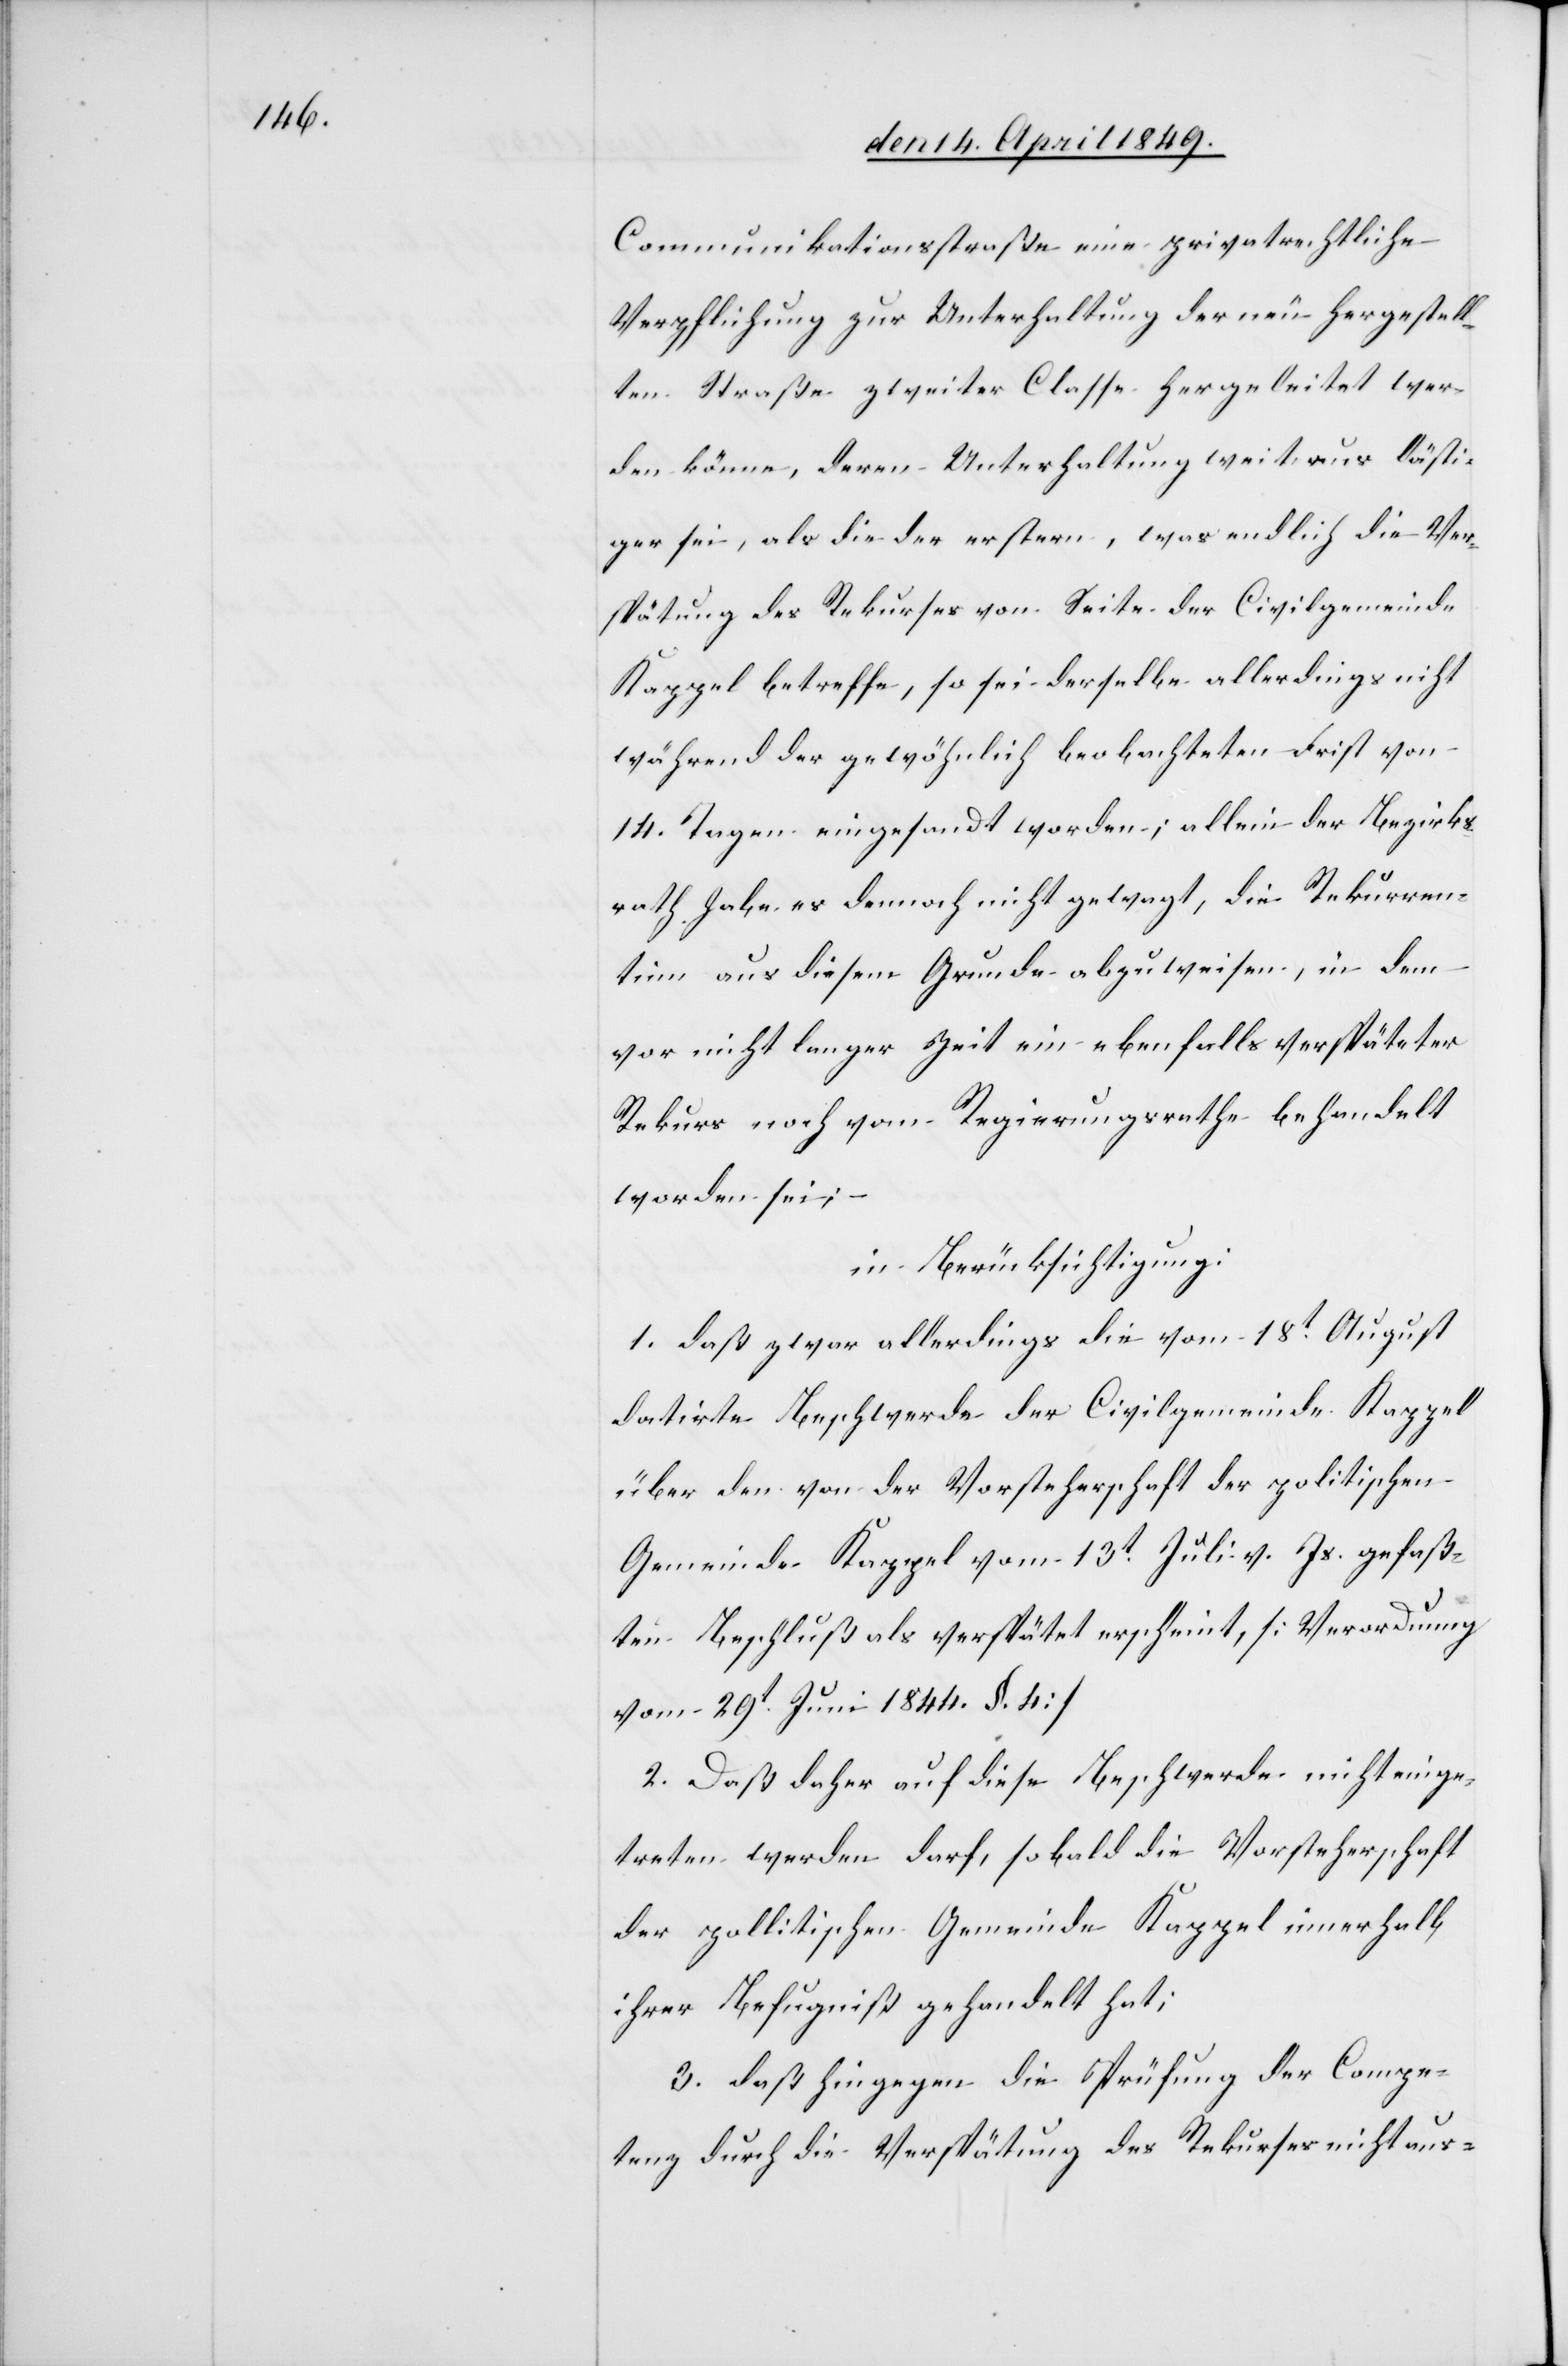
Communikationsstraße eine privatrechtliche
Verpflich[t]ung zur Unterhaltung der neu hergestell¬
ten Straße zweiter Classe hergeleitet wer¬
den könne, deren Unterhaltung weit aus lästi¬
ger sei, als die der erstern, was endlich die Ver¬
spätung des Rekurses von Seite der Civilgemeinde
Kappel betreffe, so sei derselbe allerdings nicht
während der gewöhnlich beobachteten Frist von
14. Tagen eingesandt worden; allein der Bezirks¬
rath habe es dennoch nicht gewagt, die Rekurren¬
tinn aus diesem Grunde abzuweisen, in dem
vor nicht langer Zeit ein ebenfalls verspäteter
Rekurs noch vom Regierungsrathe behandelt
worden sei; –
in Berücksichtigung:
1. daß zwar allerdings die vom 18t August
datirte Beschwerde der Civilgemeinde Kappel
über den von der Vorsteherschaft der politischen
Gemeinde Kappel vom 13t Juli v. Js. gefaß¬
ten Beschluß als verspätet erscheint, [Verordnung
vom 29t Juni 1844. §. 4]
2. Daß daher auf diese Beschwerde nicht einge¬
treten werden darf, so bald die Vorsteherschaft
der politischen Gemeinde Kappel innerhalb
ihrer Befugniß gehandelt hat;
3. daß hingegen die Prüfung der Compe¬
tenz durch die Verspätung des Rekurses nicht aus-